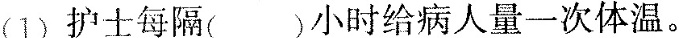
(1)护士每隔( )小时给病人量一次体温。